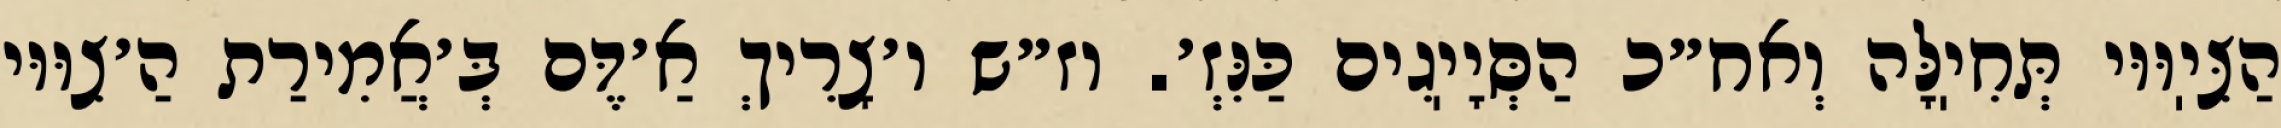
הַצִּיֽוּוּי תְּחִיֽלָּה וְאח״כ הַסְּיָיֽגִים כַּנִּזְ׳. וז״ש ו׳צָרִיךְ אַ׳דֶּם בְּ׳אֲמִירַת הַ׳צִוּוּי